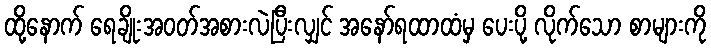
ထို့နောက် ရေချိုးအဝတ်အစားလဲပြီးလျှင် အနော်ရထာထံမှ ပေးပို့ လိုက်သော စာများကို